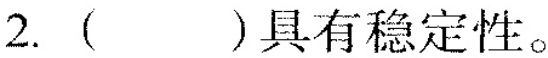
2.()具有稳定性。